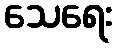
သေရေး